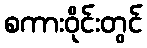
စကားဝိုင်းတွင်